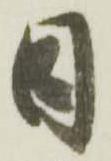
日